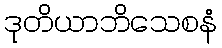
ဒုတိယာဘိသေစနံ